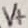
Text: V+